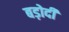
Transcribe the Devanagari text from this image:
बड़ोदी